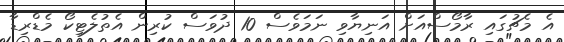
އެ މެޗުގައި ރާމޯސްއަށް އަނިޔާވި ނަމަވެސް 10 ދުވަސް ކުރިން އެތުލެޓިކޯ މެޑްރިޑާ